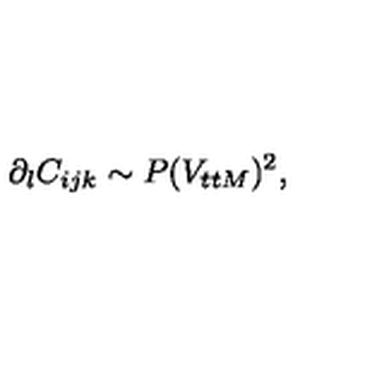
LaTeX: \partial _ { l } C _ { i j k } \sim P ( V _ { t t M } ) ^ { 2 } ,